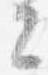
々